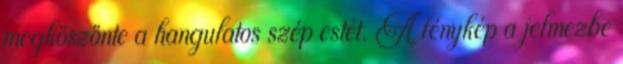
megköszönte a hangulatos szép estét. A fénykép a jelmezbe